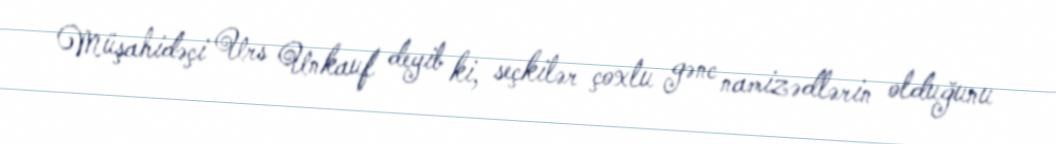
Müşahidəçi Urs Unkauf deyib ki, seçkilər çoxlu gənc namizədlərin olduğunu